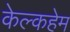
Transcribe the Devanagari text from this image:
केल्कहेम